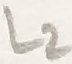
Text: L2